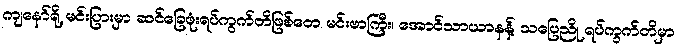
ကျနော်ရို့ မင်းပြားမှာ ဆင်ခြေဖုံးရပ်ကွက်တိဖြစ်တေ မင်းဗာကြီး၊ အောင်သာယာနန့် သပြေညို ရပ်ကွက်တိမှာ